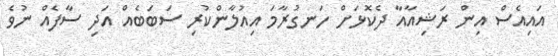
އައިއެސް އިން ރަޝިއާއާ ދެކޮޅަށް ހަނގުރާމަ އިއުލާންކުރި ސަބަބެއް އަދި ސާފެއް ނުވެ